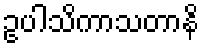
ဥပါသိကာသတာနိ